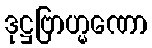
ဒုဋ္ဌဗြာဟ္မဏော